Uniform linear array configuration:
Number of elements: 32
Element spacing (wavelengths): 0.5
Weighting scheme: hann
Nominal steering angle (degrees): -45
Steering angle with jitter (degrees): -44.085
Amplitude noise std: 0.05
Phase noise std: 0.05

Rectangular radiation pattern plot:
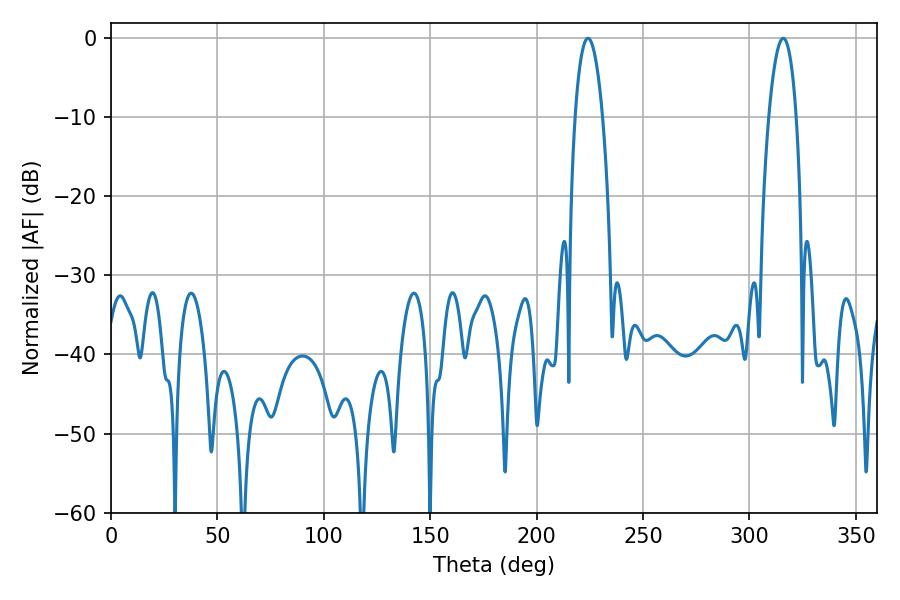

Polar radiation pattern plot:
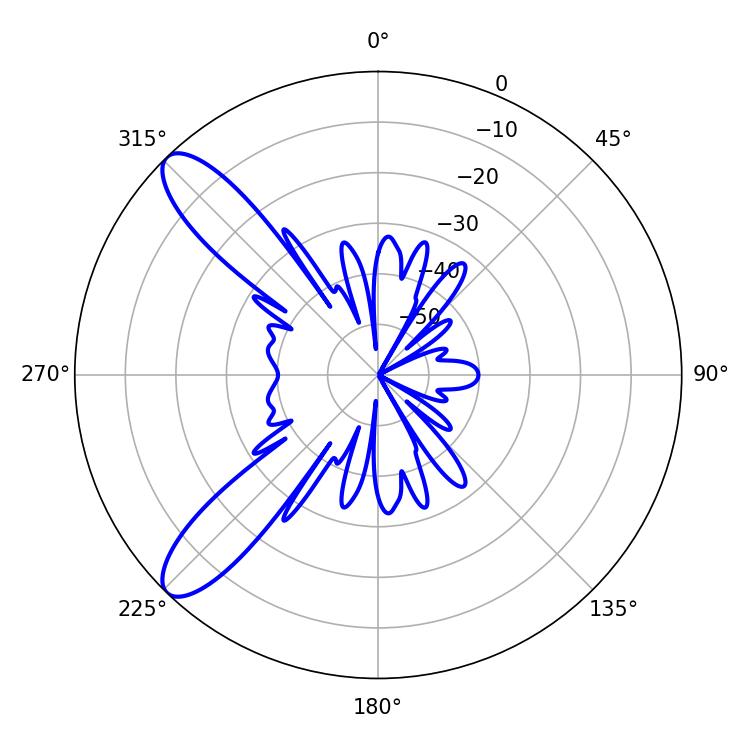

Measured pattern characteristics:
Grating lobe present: FALSE
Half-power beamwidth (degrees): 7.2
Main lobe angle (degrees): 224.1